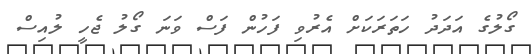
ގޯލުގެ އަދަދު ހަތަރަކަށް އެރުވި ފަހުން ފަސް ވަނަ ގޯލު ޖެހީ ލުއިސް